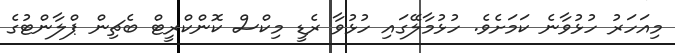
މިއަހަރު ހުޅުވާނެ ކަމަށެވެ. ހުޅުމާލޭގައި ހުޅުވާ ރެޑީ މިކްސް ކޮންކްރީޓް ބެޗިން ޕްލާންޓުގެ